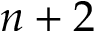
n + 2